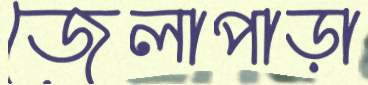
জেলাপাড়া